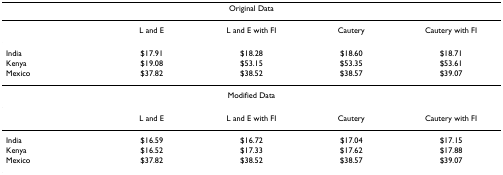
<table><thead><tr><td colspan="5"><b>Original Data</b></td></tr></thead><tbody><tr><td></td><td>L and E</td><td>L and E with FI</td><td>Cautery</td><td>Cautery with FI</td></tr><tr><td>India</td><td>$17.91</td><td>$18.28</td><td>$18.60</td><td>$18.71</td></tr><tr><td>Kenya</td><td>$19.08</td><td>$53.15</td><td>$53.35</td><td>$53.61</td></tr><tr><td>Mexico</td><td>$37.82</td><td>$38.52</td><td>$38.57</td><td>$39.07</td></tr><tr><td colspan="5">Modified Data</td></tr><tr><td></td><td>L and E</td><td>L and E with FI</td><td>Cautery</td><td>Cautery with FI</td></tr><tr><td>India</td><td>$16.59</td><td>$16.72</td><td>$17.04</td><td>$17.15</td></tr><tr><td>Kenya</td><td>$16.52</td><td>$17.33</td><td>$17.62</td><td>$17.88</td></tr><tr><td>Mexico</td><td>$37.82</td><td>$38.52</td><td>$38.57</td><td>$39.07</td></tr></tbody></table>